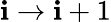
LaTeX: \mathbf{i}\to\mathbf{i}+1